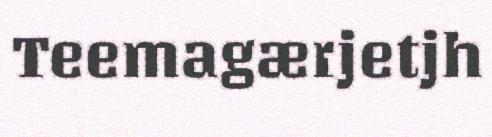
Teemagærjetjh